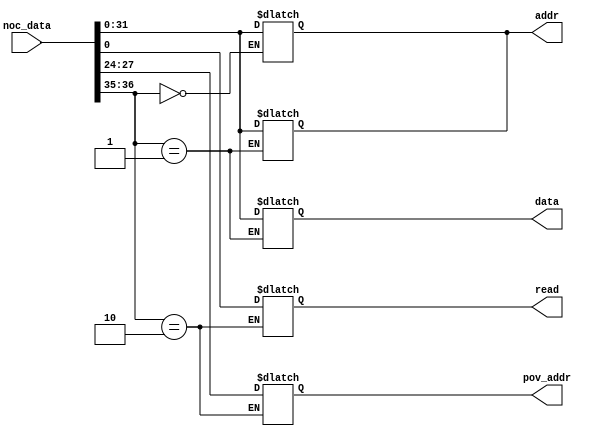
`timescale 1ns / 1ps
//////////////////////////////////////////////////////////////////////////////////
// Company: 
// Engineer: 
// 
// Design Name: 
// Module Name: Sna_Flit_Unboxer
// Project Name: 
// Target Devices: 
// Tool Versions: 
// Description: 
// 
// Dependencies: 
// 
// Revision:
// Revision 0.01 - File Created
// Additional Comments:
// 
//////////////////////////////////////////////////////////////////////////////////


module Sna_Flit_Unboxer(noc_data,addr,data, read, pov_addr);
    input [36:0] noc_data;
    output reg [31:0] addr;
    output reg [31:0] data;
    output reg read;
    output reg [3:0] pov_addr;
    
    always @(noc_data)
    if(noc_data[36:35] == 2'b10) begin
        read <= noc_data[0];
        pov_addr <= noc_data[27:24];
    end
        
    always @(noc_data)
    if(noc_data[36:35] == 2'b00)
        addr <= noc_data[31:0];
    
    always @(noc_data)
    if(noc_data[36:35] == 2'b01) begin
        addr <= noc_data[31:0];
        data <= noc_data[31:0];   
    end
    
endmodule